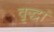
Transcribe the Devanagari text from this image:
वृद्धां